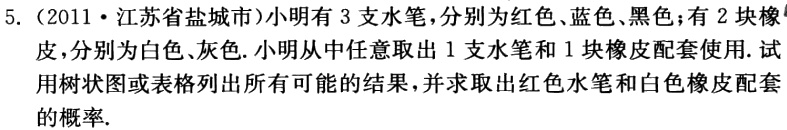
5.（2011·江苏省盐城市）小明有3支水笔，分别为红色、蓝色、黑色；有2块橡皮，分别为白色、灰色. 小明从中任意取出1支水笔和1块橡皮配套使用. 试用树状图或表格列出所有可能的结果，并求取出红色水笔和白色橡皮配套的概率.